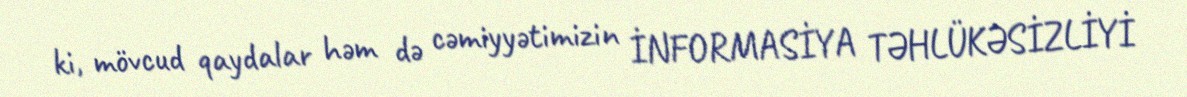
ki, mövcud qaydalar həm də cəmiyyətimizin İNFORMASİYA TƏHLÜKƏSİZLİYİ